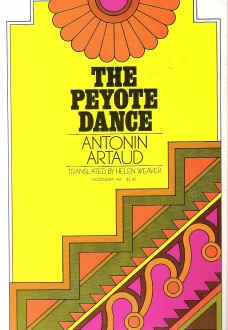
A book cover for The Peyote Dance; Antonin Artaud; History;